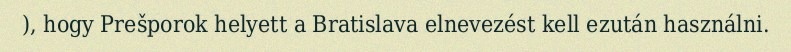
), hogy Prešporok helyett a Bratislava elnevezést kell ezután használni.